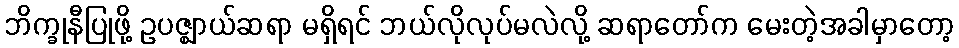
ဘိက္ခုနီပြုဖို့ ဥပဇ္ဈာယ်ဆရာ မရှိရင် ဘယ်လိုလုပ်မလဲလို့ ဆရာတော်က မေးတဲ့အခါမှာတော့